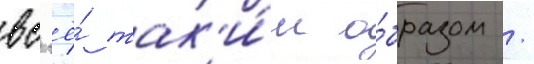
вс'ё́ так'и́м о́бразом /